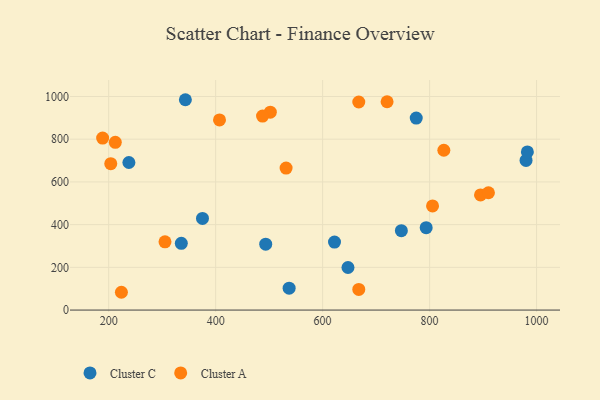
{"axis": {"x": "Study Hours", "y": "Demand"}, "legend": ["Cluster A", "Cluster C"], "data": [{"x": "343.4", "y": 984.8, "type": "Cluster C"}, {"x": "775.0", "y": 898.8, "type": "Cluster C"}, {"x": "375.4", "y": 429.0, "type": "Cluster C"}, {"x": "793.6", "y": 385.7, "type": "Cluster C"}, {"x": "647.4", "y": 199.4, "type": "Cluster C"}, {"x": "980.3", "y": 700.5, "type": "Cluster C"}, {"x": "747.2", "y": 371.7, "type": "Cluster C"}, {"x": "982.8", "y": 740.4, "type": "Cluster C"}, {"x": "493.6", "y": 308.4, "type": "Cluster C"}, {"x": "537.4", "y": 102.6, "type": "Cluster C"}, {"x": "622.2", "y": 318.1, "type": "Cluster C"}, {"x": "237.8", "y": 691.0, "type": "Cluster C"}, {"x": "335.8", "y": 312.7, "type": "Cluster C"}, {"x": "407.2", "y": 890.4, "type": "Cluster A"}, {"x": "305.3", "y": 319.6, "type": "Cluster A"}, {"x": "502.2", "y": 926.4, "type": "Cluster A"}, {"x": "667.6", "y": 96.5, "type": "Cluster A"}, {"x": "895.2", "y": 539.1, "type": "Cluster A"}, {"x": "487.7", "y": 908.1, "type": "Cluster A"}, {"x": "720.5", "y": 975.4, "type": "Cluster A"}, {"x": "910.0", "y": 549.3, "type": "Cluster A"}, {"x": "188.7", "y": 805.1, "type": "Cluster A"}, {"x": "203.9", "y": 685.5, "type": "Cluster A"}, {"x": "212.4", "y": 785.3, "type": "Cluster A"}, {"x": "667.6", "y": 974.1, "type": "Cluster A"}, {"x": "805.5", "y": 487.8, "type": "Cluster A"}, {"x": "223.8", "y": 83.3, "type": "Cluster A"}, {"x": "531.7", "y": 664.9, "type": "Cluster A"}, {"x": "826.6", "y": 748.2, "type": "Cluster A"}]}